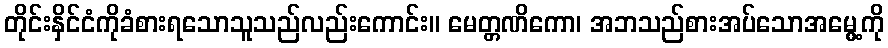
တိုင်းနှိင်ငံကိုခံစားရသောသူသည်လည်းကောင်း။ မေတ္တဏိကော၊ အဘသည်စားအပ်သောအမွေ့ကို